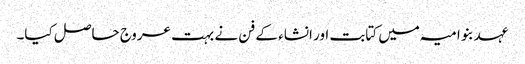
عہد بنو امیہ میں کتابت اور انشاء کے فن نے بہت عروج حاصل کیا۔